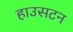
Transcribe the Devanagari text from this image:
हाउसटन